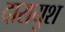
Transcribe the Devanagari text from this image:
दारायुश